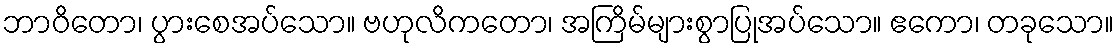
ဘာဝိတော၊ ပွားစေအပ်သော။ ဗဟုလိကတော၊ အကြိမ်များစွာပြုအပ်သော။ ဧကော၊ တခုသော။